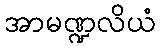
အာမဏ္ဍလိယံ